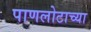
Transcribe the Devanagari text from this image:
पाणलोटाच्या